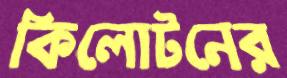
কিলোটনের